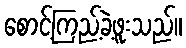
စောင့်ကြည့်ခဲ့ဖူးသည်။